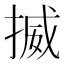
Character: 揻